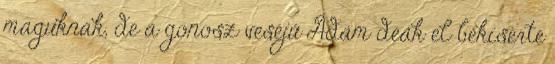
maguknak, de a gonosz veséjű Ádám deák el békísérte